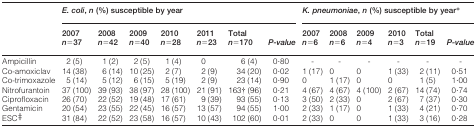
|  | E. coli, n (%) susceptible by year |  |  |  |  |  |  | K. pneumoniae, n (%) susceptible by year* |  |  |  |  |  |
 |  | 2007 | 2008 | 2009 | 2010 | 2011 | Total |  | 2007 | 2008 | 2009 | 2010 | Total |  |
 |  | n = 37 | n = 42 | n = 40 | n = 28 | n = 23 | n = 170 | P-value | n = 6 | n = 6 | n = 4 | n = 3 | n = 19 | P-value |
 | --- | --- | --- | --- | --- | --- | --- | --- | --- | --- | --- | --- | --- | --- |
 | Ampicillin | 2 (5) | 1 (2) | 2 (5) | 1 (4) | 0 | 6 (4) | 0·80 | - | - | - | - | - | - |
 | Co-amoxiclav | 14 (38) | 6 (14) | 10 (25) | 2 (7) | 2 (9) | 34 (20) | 0·02 | 1 (17) | 0 | 0 | 1 (33) | 2 (11) | 0·51 |
 | Co-trimoxazole | 5 (14) | 5 (12) | 6 (15) | 5 (19) | 2 (9) | 23 (14) | 0·90 | 0 | 1 (17) | 0 | 0 | 1 (5) | 1·00 |
 | Nitrofurantoin | 37 (100) | 39 (93) | 38 (97) | 28 (100) | 21 (91) | 163‡ (96) | 0·21 | 4 (67) | 4 (67) | 4 (100) | 2 (67) | 14 (74) | 0·74 |
 | Ciprofloxacin | 26 (70) | 22 (52) | 19 (48) | 17 (61) | 9 (39) | 93 (55) | 0·13 | 3 (50) | 2 (33) | 0 | 2 (67) | 7 (37) | 0·30 |
 | Gentamicin | 20 (54) | 23 (55) | 22 (45) | 16 (57) | 13 (57) | 94 (55) | 1·00 | 2 (33) | 1 (17) | 0 | 1 (33) | 4 (21) | 0·70 |
 | ESC‡ | 31 (84) | 22 (52) | 23 (58) | 16 (57) | 10 (43) | 102 (60) | 0·01 | 2 (33) | 0 | 0 | 1 (33) | 3 (16) | 0·28 |